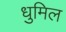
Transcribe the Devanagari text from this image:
धुमिल